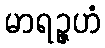
မာရဉ္ဇဟံ